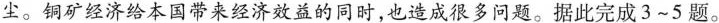
尘。铜矿经济给本国带来经济效益的同时，也造成很多问题。据此完成3~5题。